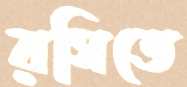
রসিতে